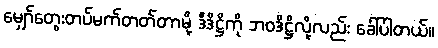
မျှော်တွေးတပ်မက်တတ်တာမို့ ဒီဒိဋ္ဌိကို ဘဝဒိဋ္ဌိလို့လည်း ခေါ်ပါတယ်။